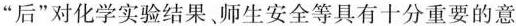
”后”对化学实验结果、师生安全等具有十分重要的意